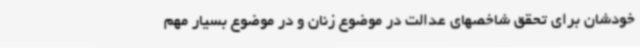
خودشان برای تحقق شاخصهای عدالت در موضوع زنان و در موضوع بسیار مهم